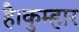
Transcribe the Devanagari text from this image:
है।कुम्हार